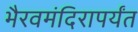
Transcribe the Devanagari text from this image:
भैरवमंदिरापर्यंत